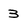
Character: 3